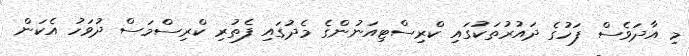
މި އާދަވެސް ފަހުގެ ދައުރުތަކުގައި ކްރިސްޓިއަނުންގެ މެދުގައި ފެތުރި ކްރިސްމަސް ދުވަހު އެކަން